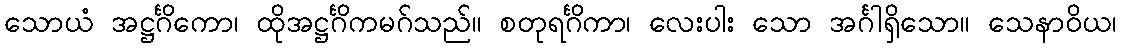
သောယံ အဋ္ဌင်္ဂိကော၊ ထိုအဋ္ဌင်္ဂိကမဂ်သည်။ စတုရင်္ဂိကာ၊ လေးပါး သော အင်္ဂါရှိသော။ သေနာဝိယ၊